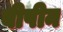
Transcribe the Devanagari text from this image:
बीपीन